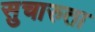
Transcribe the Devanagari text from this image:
सुचारुता